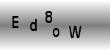
Text: Ed8oW